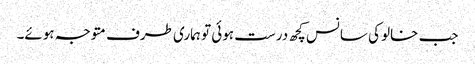
جب خالو کی سانس کچھ درست ہوئی تو ہماری طرف متوجہ ہوئے۔